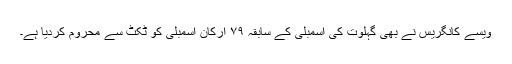
ویسے کانگریس نے بھی گہلوت کی اسمبلی کے سابقہ ۷۹ ارکان اسمبلی کو ٹکٹ سے محروم کردیا ہے۔